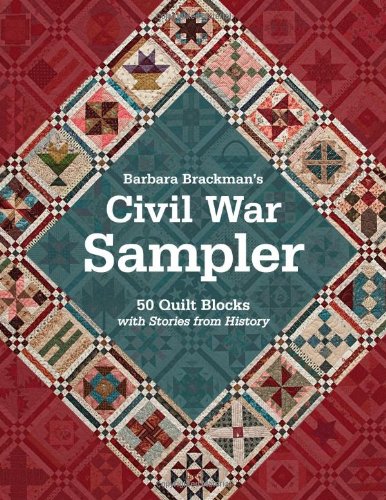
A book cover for Barbara Brackman's Civil War Sampler: 50 Quilt Blocks with Stories from History; Barbara Brackman; History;